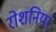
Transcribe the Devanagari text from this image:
रोशनियां